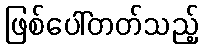
ဖြစ်ပေါ်တတ်သည့်